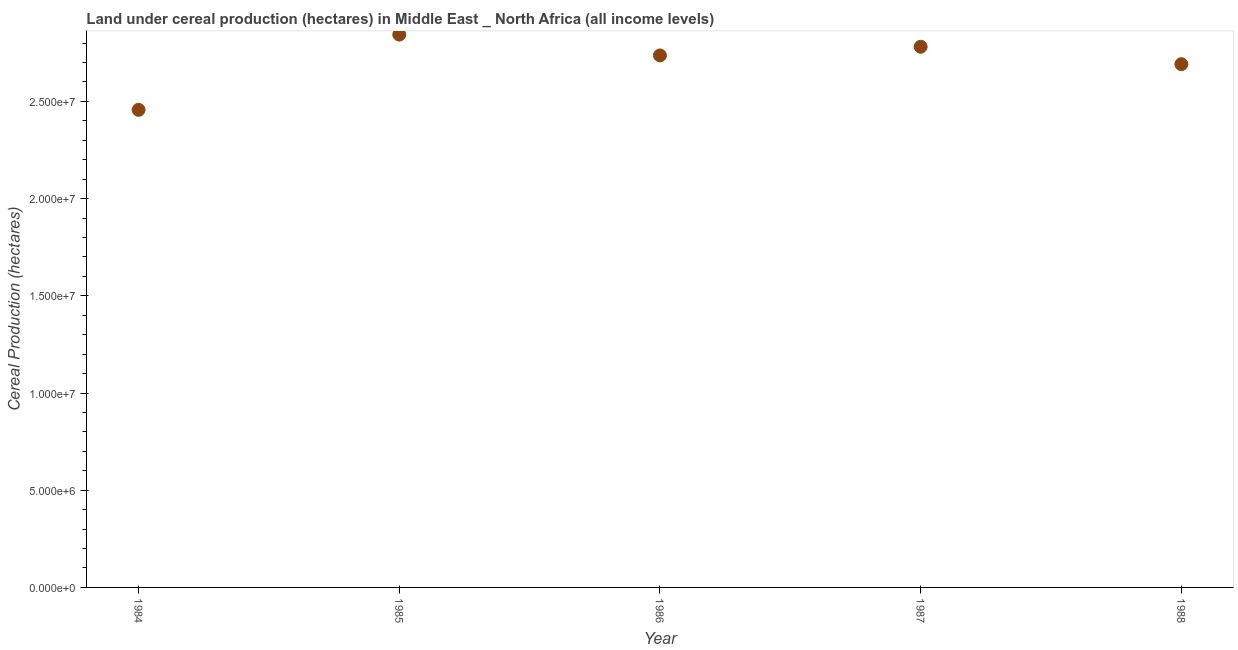
| Year | Land under cereal production (hectares) |
 | --- | --- |
 | 1984 | 2.46e+07 |
 | 1985 | 2.84e+07 |
 | 1986 | 2.74e+07 |
 | 1987 | 2.78e+07 |
 | 1988 | 2.69e+07 |